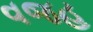
વજહ